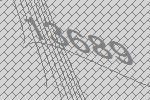
13689